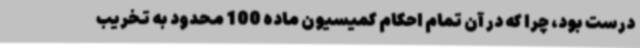
درست بود، چرا که در آن تمام احکام کمیسیون ماده 100 محدود به تخریب